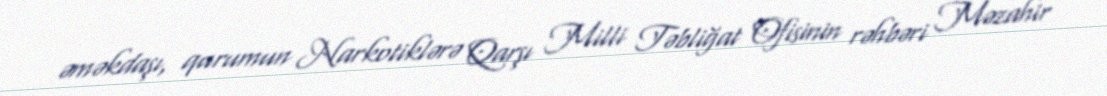
əməkdaşı, qurumun Narkotiklərə Qarşı Milli Təbliğat Ofisinin rəhbəri Məzahir